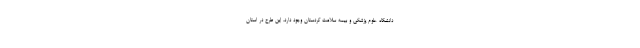
دانشگاه علوم پزشکی و بیمه سلامت کردستان وجود دارد، این طرح در استان